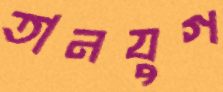
তানযুগ